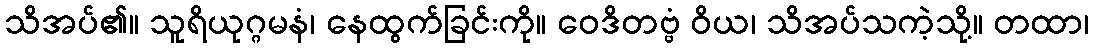
သိအပ်၏။ သူရိယုဂ္ဂမနံ၊ နေထွက်ခြင်းကို။ ဝေဒိတဗ္ဗံ ဝိယ၊ သိအပ်သကဲ့သို့။ တထာ၊